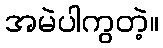
အမဲပါကွတဲ့။